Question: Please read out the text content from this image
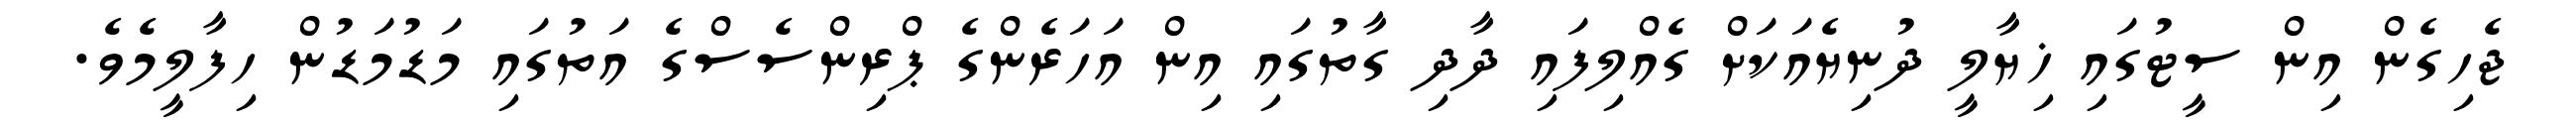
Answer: ޖެހިގެން އިން ސީޓުގައި ޚިޔާލީ ދުނިޔެއަކަށް ގެއްލިފައި ދާދި ގާތުގައި އިން އަހަރެންގެ ޕްރިންސެސްގެ އަތުގައި މަޑުމަޑުން ހިފާލީމެވެ.